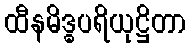
ထီနမိဒ္ဓပရိယုဋ္ဌိတာ